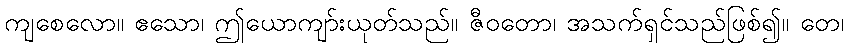
ကျစေလော။ ဧသော၊ ဤယောကျာ်းယုတ်သည်။ ဇီဝတော၊ အသက်ရှင်သည်ဖြစ်၍။ တေ၊